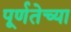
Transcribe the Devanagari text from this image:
पूर्णतेच्या